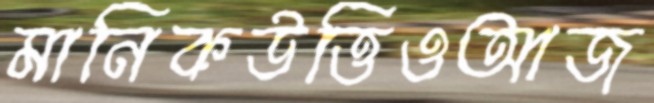
মানিকউত্তিওআজ